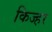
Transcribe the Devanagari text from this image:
किज्हर